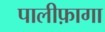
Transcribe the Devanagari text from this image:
पालीफ़ागा